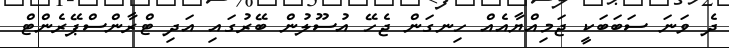
ދެ ވަނަ ސަބަބަކީ ޖަމިއްޔާއެއް ހިނގަން ޖެހޭ އުސޫލުން ބޭރުގައި އަދި ޓްރާންސްޕޭރެންޓް